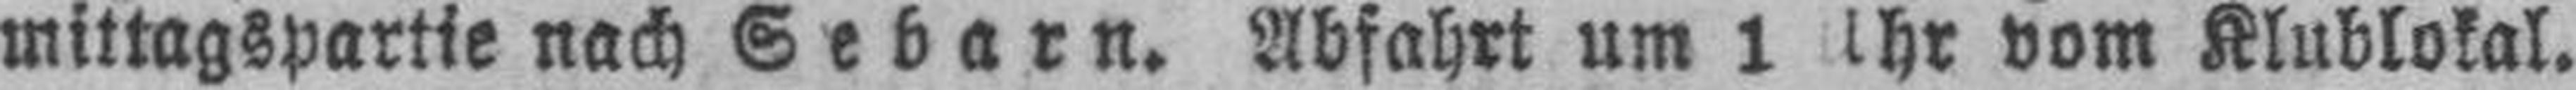
mittagspartie nach Sebarn. Abfahrt um 1 Uhr vom Klublokal.